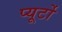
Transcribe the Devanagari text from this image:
प्‍यूर्टो